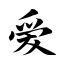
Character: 爱